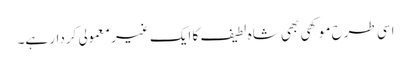
اسی طرح موکھی بھی شاہ لطیف کا ایک غیر معمولی کردار ہے۔